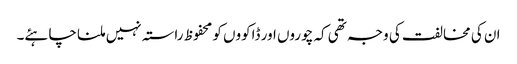
ان کی مخالفت کی وجہ تھی کہ چوروں اور ڈاکووں کو محفوظ راستہ نہیں ملنا چاہئے۔